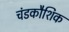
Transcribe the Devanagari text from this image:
चंडकौशिक